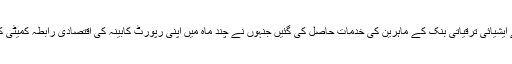
اس مقصد کے لیے ایشیائی ترقیاتی بنک کے ماہرین کی خدمات حاصل کی گئیں جنہوں نے چند ماہ میں اپنی رپورٹ کابینہ کی اقتصادی رابطہ کمیٹی کے حوالے کر دیں۔